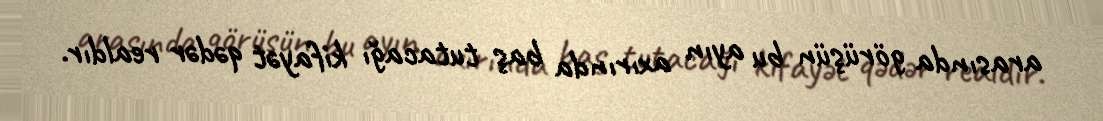
arasında görüşün bu ayın axırında baş tutacağı kifayət qədər realdır.